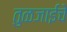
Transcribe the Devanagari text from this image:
तुळजाईचे